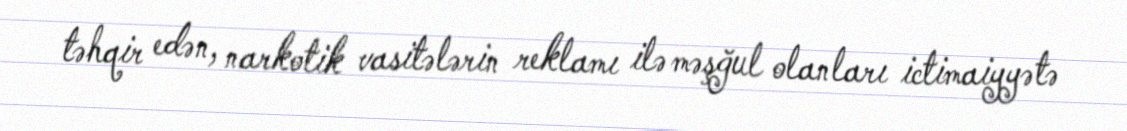
təhqir edən, narkotik vasitələrin reklamı ilə məşğul olanları ictimaiyyətə